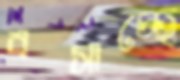
বসাচ্ছে